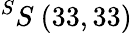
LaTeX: ^{S}S\ (33,33)